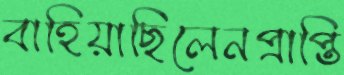
বাহিয়াছিলেনপ্রাপ্তি